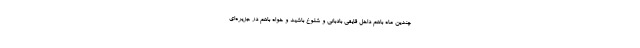
چندین ماه باهم داخل قایقی بادبانی و شلوغ باشید و خواه باهم در جزیره‌ای